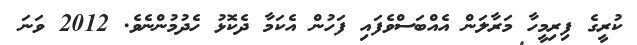
ކުރީގެ ފިިރިމީހާ މަރާލަން އެއްބަސްވެފައި ފަހުން އެކަމާ ދެކޮޅު ހެދުމުންނެވެ. 2012 ވަނަ